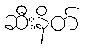
ဆီးနိတ်